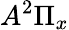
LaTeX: A^{2}\Pi_{x}